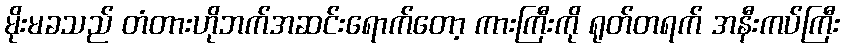
မိုးမခသည် တံတားဟိုဘက်အဆင်းရောက်တော့ ကားကြီးကို ရုတ်တရက် အနီးကပ်ကြီး